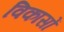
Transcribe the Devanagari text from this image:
विकासों